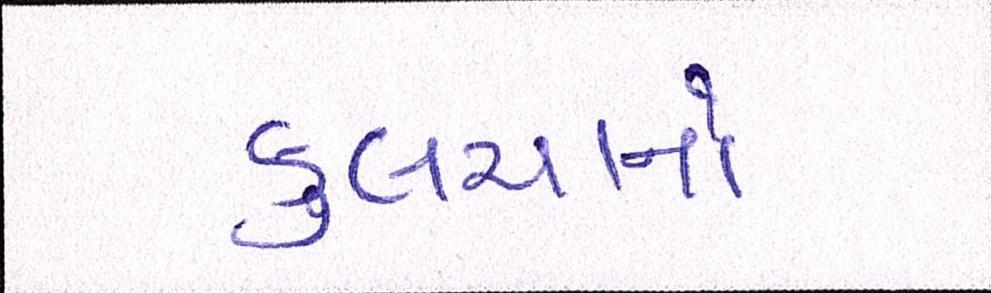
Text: કુલચાનો